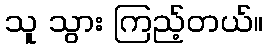
သူ သွား ကြည့်တယ်။